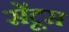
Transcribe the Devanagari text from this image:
सेंटूस